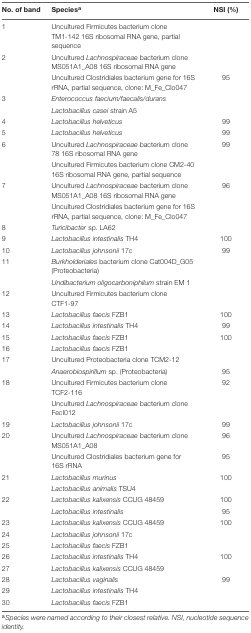
<table><thead><tr><td><b>No. of band</b></td><td><b>Species<sup>a</sup></b></td><td><b>NSI (%)</b></td></tr></thead><tbody><tr><td>1</td><td>Uncultured Firmicutes bacterium clone TM1-142 16S ribosomal RNA gene, partial sequence</td><td>[EMPTY_CELL]</td></tr><tr><td>2</td><td>Uncultured <i>Lachnospiraceae</i> bacterium clone MS051A1_A08 16S ribosomal RNA gene</td><td>[EMPTY_CELL]</td></tr><tr><td>[EMPTY_CELL]</td><td>Uncultured Clostridiales bacterium gene for 16S rRNA, partial sequence, clone: M_Fe_Clo047</td><td>95</td></tr><tr><td>3</td><td><i>Enterococcus faecium/faecalis/durans</i></td><td>[EMPTY_CELL]</td></tr><tr><td>[EMPTY_CELL]</td><td><i>Lactobacillus casei</i> strain A5</td><td>[EMPTY_CELL]</td></tr><tr><td>4</td><td><i>Lactobacillus helveticus</i></td><td>99</td></tr><tr><td>5</td><td><i>Lactobacillus helveticus</i></td><td>99</td></tr><tr><td>6</td><td>Uncultured <i>Lachnospiraceae</i> bacterium clone 78 16S ribosomal RNA gene</td><td>99</td></tr><tr><td>[EMPTY_CELL]</td><td>Uncultured Firmicutes bacterium clone CM2-40 16S ribosomal RNA gene, partial sequence</td><td>[EMPTY_CELL]</td></tr><tr><td>7</td><td>Uncultured <i>Lachnospiraceae</i> bacterium clone MS051A1_A08 16S ribosomal RNA gene</td><td>96</td></tr><tr><td>[EMPTY_CELL]</td><td>Uncultured Clostridiales bacterium gene for 16S rRNA, partial sequence, clone: M_Fe_Clo047</td><td>[EMPTY_CELL]</td></tr><tr><td>8</td><td><i>Turicibacter</i> sp. LA62</td><td>[EMPTY_CELL]</td></tr><tr><td>9</td><td><i>Lactobacillus intestinalis</i> TH4</td><td>100</td></tr><tr><td>10</td><td><i>Lactobacillus johnsonii</i> 17c</td><td>99</td></tr><tr><td>11</td><td><i>Burkholderiales</i> bacterium clone Cat004D_G05 (Proteobacteria)</td><td>[EMPTY_CELL]</td></tr><tr><td>[EMPTY_CELL]</td><td><i>Undibacterium oligocarboniphilum</i> strain EM 1</td><td>[EMPTY_CELL]</td></tr><tr><td>12</td><td>Uncultured Firmicutes bacterium clone CTF1-97</td><td>[EMPTY_CELL]</td></tr><tr><td>13</td><td><i>Lactobacillus faecis</i> FZB1</td><td>100</td></tr><tr><td>14</td><td><i>Lactobacillus intestinalis</i> TH4</td><td>99</td></tr><tr><td>15</td><td><i>Lactobacillus faecis</i> FZB1</td><td>100</td></tr><tr><td>16</td><td><i>Lactobacillus faecis</i> FZB1</td><td>[EMPTY_CELL]</td></tr><tr><td>17</td><td>Uncultured Proteobacteria clone TCM2-12</td><td>[EMPTY_CELL]</td></tr><tr><td>[EMPTY_CELL]</td><td><i>Anaerobiospirillum</i> sp. (Proteobacteria)</td><td>95</td></tr><tr><td>18</td><td>Uncultured Firmicutes bacterium clone TCF2-116</td><td>92</td></tr><tr><td>[EMPTY_CELL]</td><td>Uncultured <i>Lachnospiraceae</i> bacterium clone FecI012</td><td>[EMPTY_CELL]</td></tr><tr><td>19</td><td><i>Lactobacillus johnsonii</i> 17c</td><td>99</td></tr><tr><td>20</td><td>Uncultured <i>Lachnospiraceae</i> bacterium clone MS051A1_A08</td><td>96</td></tr><tr><td>[EMPTY_CELL]</td><td>Uncultured Clostridiales bacterium gene for 16S rRNA</td><td>95</td></tr><tr><td>21</td><td><i>Lactobacillus murinus</i></td><td>100</td></tr><tr><td>[EMPTY_CELL]</td><td><i>Lactobacillus animalis</i> TSU4</td><td>[EMPTY_CELL]</td></tr><tr><td>22</td><td><i>Lactobacillus kalixensis</i> CCUG 48459</td><td>100</td></tr><tr><td>[EMPTY_CELL]</td><td><i>Lactobacillus intestinalis</i></td><td>95</td></tr><tr><td>23</td><td><i>Lactobacillus kalixensis</i> CCUG 48459</td><td>100</td></tr><tr><td>24</td><td><i>Lactobacillus johnsonii</i> 17c</td><td>[EMPTY_CELL]</td></tr><tr><td>25</td><td><i>Lactobacillus faecis</i> FZB1</td><td>[EMPTY_CELL]</td></tr><tr><td>26</td><td><i>Lactobacillus intestinalis</i> TH4</td><td>100</td></tr><tr><td>27</td><td><i>Lactobacillus kalixensis</i> CCUG 48459</td><td>[EMPTY_CELL]</td></tr><tr><td>28</td><td><i>Lactobacillus vaginalis</i></td><td>99</td></tr><tr><td>29</td><td><i>Lactobacillus intestinalis</i> TH4</td><td>[EMPTY_CELL]</td></tr><tr><td>30</td><td><i>Lactobacillus faecis</i> FZB1</td><td>[EMPTY_CELL]</td></tr></tbody></table>